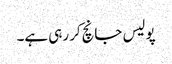
پولیس جانچ‌کر رہی ہے۔